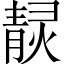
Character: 𤎓